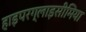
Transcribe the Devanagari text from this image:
हाइपरग्लाइसीमिया